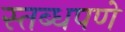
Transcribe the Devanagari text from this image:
स्तब्धपणे